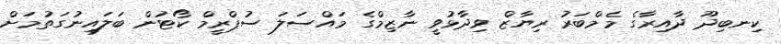
ކިނބިދޫ ދާއިރާގެ މެމްބަރު ރިޔާޒް ވިދާޅުވީ ނާޒިމްގެ މައްސަލަ ސުޕްރީމް ކޯޓުން ބަލައިނުގަތުމަށް